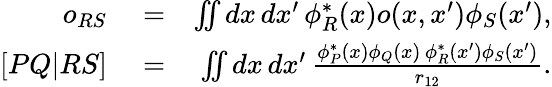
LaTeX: \begin{array}{rlr}{o_{RS}}&{{}=}&{\iint dx\, dx^{\prime}\, \phi_{R}^{*}(x)o(x,x^{\prime})\phi_{S}(x^{\prime}),}\\ {\left[PQ|RS\right]}&{{}=}&{\iint dx\, dx^{\prime}\, \frac{\phi_{P}^{*}(x)\phi_{Q}(x)\, \phi_{R}^{*}(x^{\prime})\phi_{S}(x^{\prime})}{r_{12}}.}\end{array}